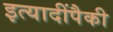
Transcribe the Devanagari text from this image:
इत्यादींपैकी